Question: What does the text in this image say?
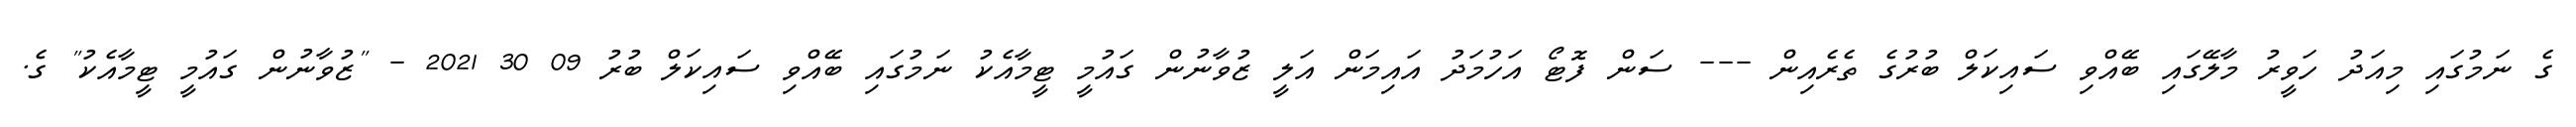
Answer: ގެ ނަމުގައި މިއަދު ހަވީރު މާލޭގައި ބޭއްވި ސައިކަލް ބުރުގެ ތެރެއިން --- ސަން ފޮޓޯ އަހުމަދު އައިމަން އަލީ ޒުވާނުން ގައުމީ ޓީމާއެކު ނަމުގައި ބޭއްވި ސައިކަލް ބުރު 09 30 2021 - "ޒުވާނުން ގައުމީ ޓީމާއެކު" ގެ.